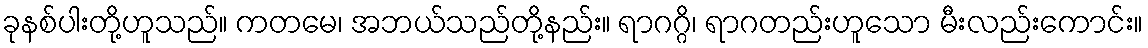
ခုနစ်ပါးတို့ဟူသည်။ ကတမေ၊ အဘယ်သည်တို့နည်း။ ရာဂဂ္ဂိ၊ ရာဂတည်းဟူသော မီးလည်းကောင်း။